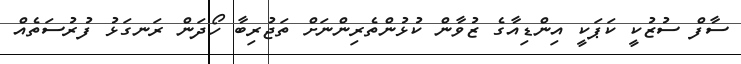
ސާފް ސުޒުކީ ކަޕަކީ އިންޑިއާގެ ޒުވާން ކުޅުންތެރިންނަށް ތަޖުރިބާ ހޯދަން ރަނގަޅު ފުރުސަތެއް